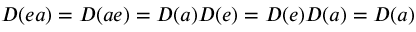
D ( e a ) = D ( a e ) = D ( a ) D ( e ) = D ( e ) D ( a ) = D ( a )